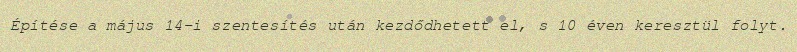
Építése a május 14-i szentesítés után kezdődhetett el, s 10 éven keresztül folyt.